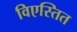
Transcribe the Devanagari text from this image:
विएस्तित